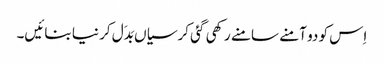
اِس کو دو آمنے سامنے رکھی گئی کرسیاں بَدَل کر نیا بنائیں۔